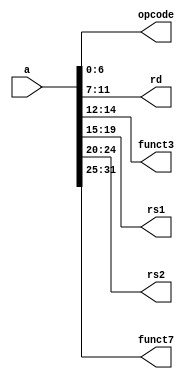
module plexer2
(
  input [31:0] a ,
  
  output reg [6:0] opcode,
  output reg [4:0] rd,
  output reg [2:0] funct3,
  output reg [4:0] rs1,
  output reg [4:0] rs2,
  output reg [6:0] funct7
  
  );
  always @ (a)
  begin
    opcode = a[6:0];
    rd = a[11:7];
    funct3 = a[14:12];
    rs1= a[19:15];
    rs2= a[24:20];
    funct7 = a[31:25];
  end
    
  

endmodule